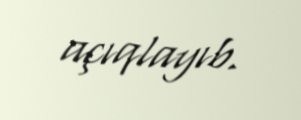
açıqlayıb.